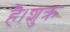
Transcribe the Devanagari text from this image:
है।शुक्र